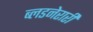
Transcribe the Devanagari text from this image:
ब्लडनेरारी